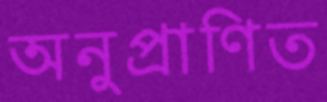
অনুপ্রাণিত